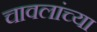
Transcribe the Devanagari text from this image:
चावलांच्या